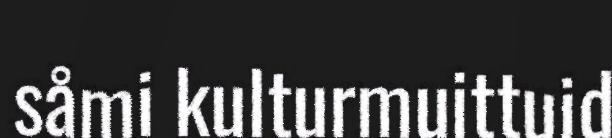
såmi kulturmuittuid